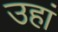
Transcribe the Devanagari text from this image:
उहां